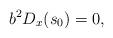
LaTeX: \begin{align*}b^2 D_x(s_0)=0,\end{align*}